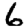
Digit: 6